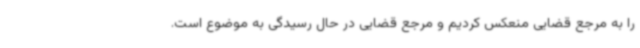
را به مرجع قضایی منعکس کردیم و مرجع قضایی در حال رسیدگی به موضوع است.